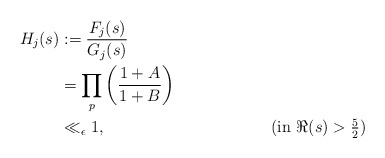
\begin{align*}H_{j}(s)&:=\frac{F_{j}(s)}{G_{j}(s)} \\&=\prod_{p}^{}\left(\frac{1+A}{1+B}\right) \\&\ll_{\epsilon} 1, &&(\mbox{in $\Re(s)>\frac{5}{2}$})\end{align*}